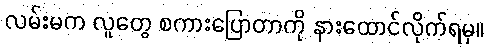
လမ်းမက လူတွေ စကားပြောတာကို နားထောင်လိုက်ရမှ။